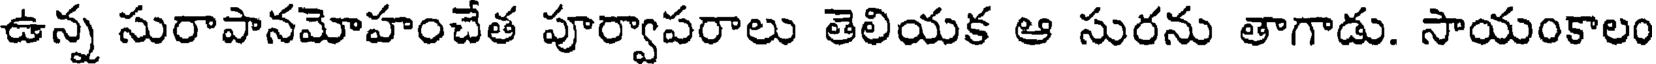
ఉన్న సురాపానమోహంచేత పూర్వాపరాలు తెలియక ఆ సురను తాగాడు. సాయంకాలం